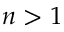
n > 1